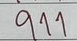
911